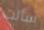
سألت